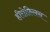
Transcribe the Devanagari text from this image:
हीरोफ़िलस